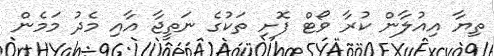
ތިޔާ އިއުލާން ކުރާ ވޯޓް ފޮށި ތަކުގެ ނަތީޖާ އާއި މެދު މަމެން